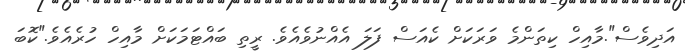
އަދިވެސް".މާއިހް ކިތަންމެ ވަރަކަށް ކެއަސް ފަލަ އެއްނުވެއެވެ. ރީތި ބައްޓަމަކަށް މާއިހް ހުރެއެވެ."ކޮބަ